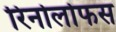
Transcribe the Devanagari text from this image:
रिनोलोफस